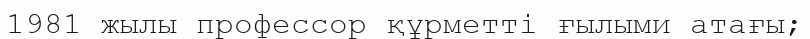
1981 жылы профессор құрметті ғылыми атағы;